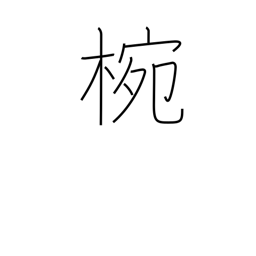
Meaning: wooden or lacquered bowl